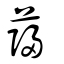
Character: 蘬